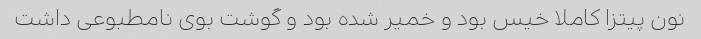
نون پیتزا کاملا خیس بود و خمیر شده بود و گوشت بوی نامطبوعی داشت